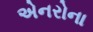
એનરોના